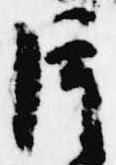
片